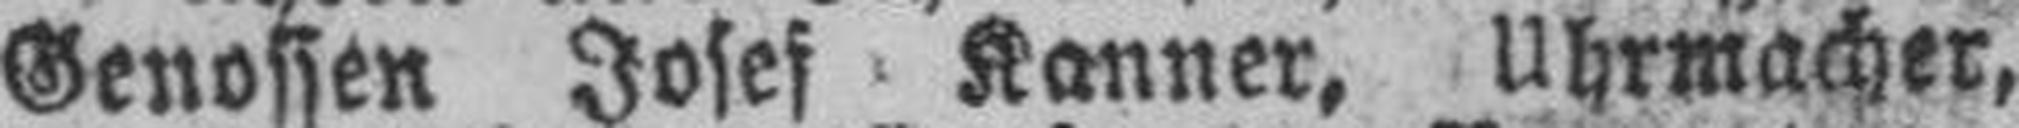
Genossen Josef Kanner, Uhrmacher,